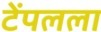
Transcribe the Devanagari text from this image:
टेंपलला